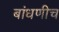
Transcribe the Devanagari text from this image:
बांधणीच